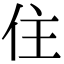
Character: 住